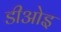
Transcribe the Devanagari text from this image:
डीओइ